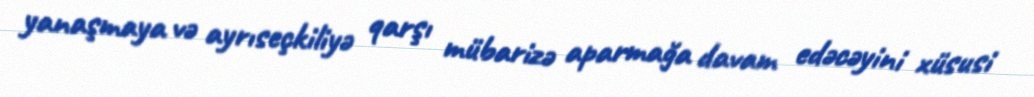
yanaşmaya və ayrıseçkiliyə qarşı mübarizə aparmağa davam edəcəyini xüsusi